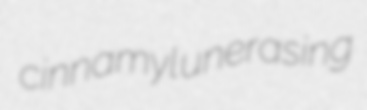
cinnamyl unerasing